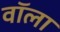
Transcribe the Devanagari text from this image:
वॉला